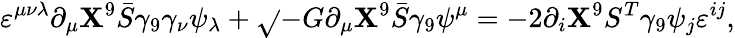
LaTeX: \varepsilon^{\mu\nu\lambda}\partial_{\mu}\mathbf{X}^{9}\bar{{S}}\gamma_{9}\gamma_{\nu}\psi_{\lambda}+\sqrt{}{{-G}}\partial_{\mu}\mathbf{X}^{9}\bar{{S}}\gamma_{9}\psi^{\mu}=-2\partial_{i}\mathbf{X}^{9}S^{T}\gamma_{9}\psi_{j}\varepsilon^{ij},